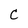
Character: C